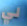
لي